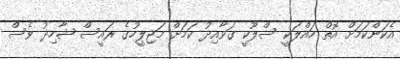
އެކަންކަމަށް އޮތް ހައްލަކީ ސްލޫކީ ގަވާއިދު ކަމަށް މަޖިލީހުގެ ރައީސް ޝާހިދު ވެސް